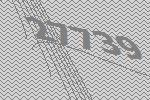
27739